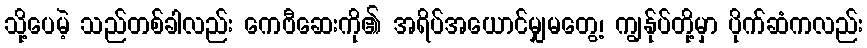
သို့ပေမဲ့ သည်တစ်ခါလည်း ကေဗီဆေးကို၏ အရိပ်အယောင်မျှမတွေ့၊ ကျွန်ုပ်တို့မှာ ပိုက်ဆံကလည်း